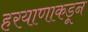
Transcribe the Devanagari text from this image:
हरयाणाकडून